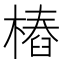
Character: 樁